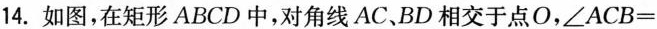
14.如图，在矩形ABCD中，对角线AC.BD相交于点O，\angle ACB=